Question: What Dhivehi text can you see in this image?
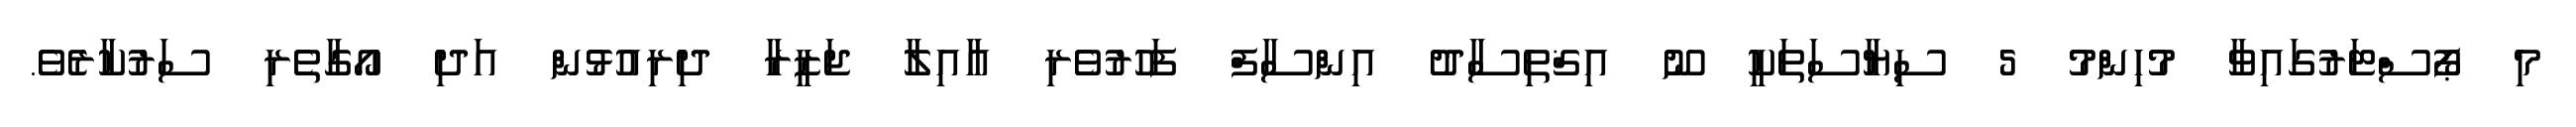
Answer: މި ޕޯސްޓަރުގައިވާ މުހިންމު 5 ސިޔާސަތަކީ ނޫ އިޤްތިސާދު އިންސާފް ފަހުރުވެރި އާއިލާ ޖަޒީރާ ދިރިއުޅުން އަދި އޯގާތެރި ސަރުކާރެވެ.